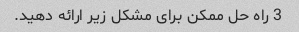
3 راه حل ممکن برای مشکل زیر ارائه دهید.